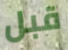
قبل